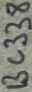
Text: BC338